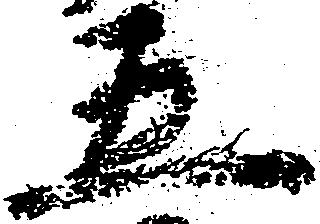
五